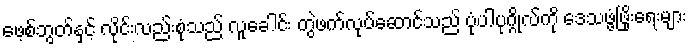
ဖေ့စ်ဘွတ်နှင့် လိုင်းလည်းစုံသည် လူခေါင်း တွဲဖက်လုပ်ဆောင်သည် ပုံပါပုဂ္ဂိုလ်ကို ဒေသဖွံ့ဖြိုးရေးများ